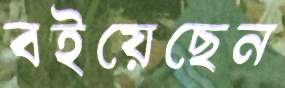
বইয়েছেন